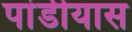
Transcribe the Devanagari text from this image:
पांडीयास